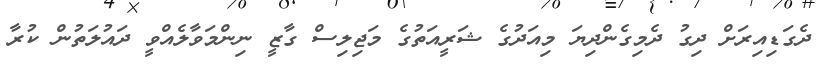
ދެގަޑިއިރަށް ދިގު ދެމިގެންދިޔަ މިއަދުގެ ޝަރީއަތުގެ މަޖިލިސް ގާޒީ ނިންމަވާލެއްވީ ދައުލަތުން ކުރާ